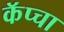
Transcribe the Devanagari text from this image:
कॅप्चा